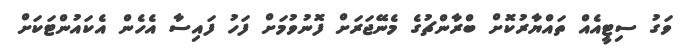
ވަގު ސިޓީއެއް ތައްޔާރުކޮށް ބްރާންޗުގެ މެނޭޖަރަށް ފޮނުވުމަށް ފަހު ފައިސާ އެހެން އެކައުންޓަކަށް